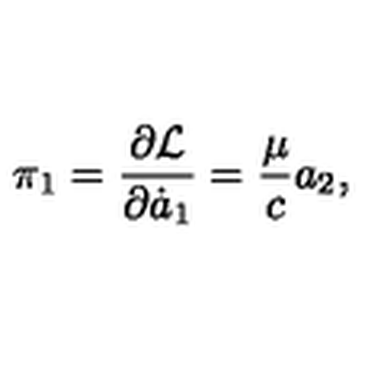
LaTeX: \pi _ { 1 } = { \frac { \partial { \cal L } } { \partial \dot { a } _ { 1 } } } = { \frac { \mu } { c } } a _ { 2 } ,